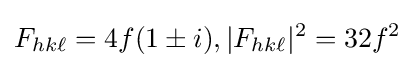
F_{hk\ell }=4f(1\pm i),|F_{hk\ell }|^{2}=32f^{2}